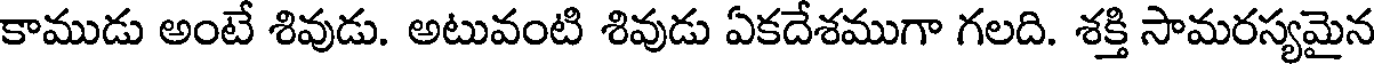
కాముడు అంటే శివుడు. అటువంటి శివుడు ఏకదేశముగా గలది. శక్తి సామరస్యమైన